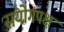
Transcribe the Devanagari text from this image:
संयोगपक्ष